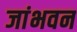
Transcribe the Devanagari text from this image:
जांभवन